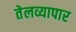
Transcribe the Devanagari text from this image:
तेलव्यापार